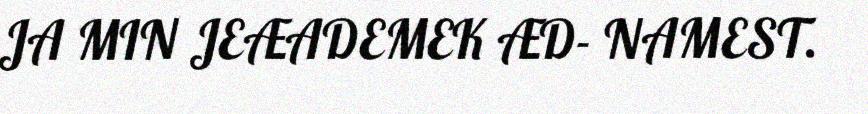
JA MIN JEÆADEMEK ÆD- NAMEST.